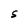
Character: S